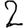
Digit: 2